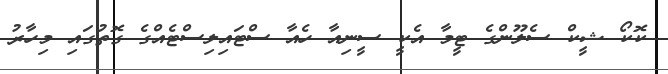
ކޮކޯ ޝީކް ސެލޫންގެ ޓީމާ އެކީ ސީނިއާ ހެއާ ސްޓައިލިސްޓެއްގެ ގޮތުގައި މިހާރު